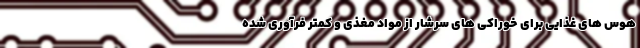
هوس های غذایی برای خوراکی های سرشار از مواد مغذی و کمتر فرآوری شده